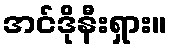
အင်ဒိုနီးရှား။